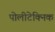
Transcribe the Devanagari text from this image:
पोलीटेक्निक